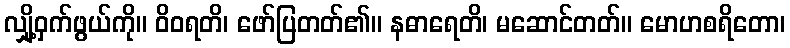
လျှို့ဝှက်ဖွယ်ကို။ ဝိဝရတိ၊ ဖော်ပြတတ်၏။ နဓာရေတိ၊ မဆောင်တတ်။ မောဟစရိတော၊